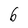
Character: 6